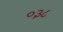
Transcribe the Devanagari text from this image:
०३८